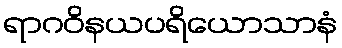
ရာဂဝိနယပရိယောသာနံ